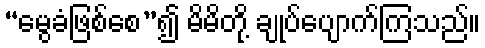
“မွေခံဖြစ်စေ”၍ မိမိတို့ ချုပ်ပျောက်ကြသည်။